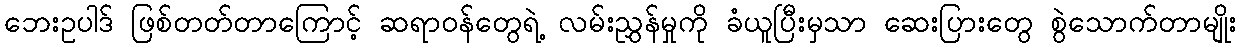
ဘေးဥပါဒ် ဖြစ်တတ်တာကြောင့် ဆရာဝန်တွေရဲ့ လမ်းညွှန်မှုကို ခံယူပြီးမှသာ ဆေးပြားတွေ စွဲသောက်တာမျိုး